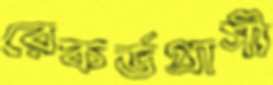
রেকর্ডগ্রাসী